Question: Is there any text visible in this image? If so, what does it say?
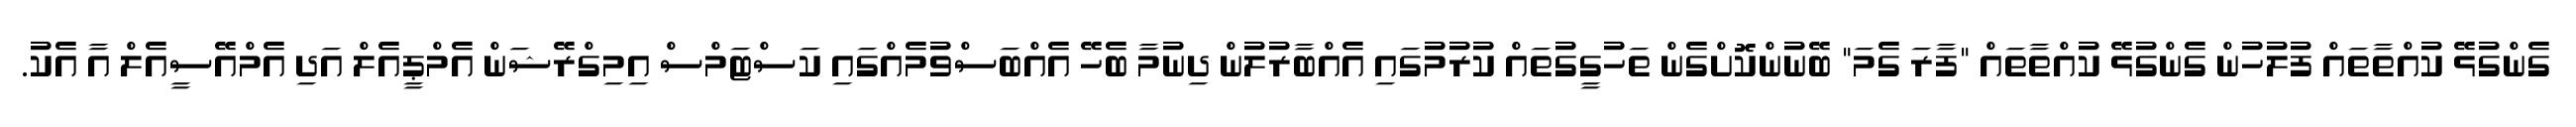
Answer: ގެންގުޅޭ ކުއްތާތައް ފުލުހުން ގެންގުޅޭ ކުއްތާތައް "ފާރަ ގެމަ" ބޭނުންކޮށްގެން ތަހުގީގުތައް ކުރުމުގައި އެއްބާރުލުން ދިނުމާ ބެހޭ އެއްބަސްވުމެއްގައި ކަސްޓަމްސް އިމިގްރޭޝަން އެމްޕީއެލް އަދި އެމްއޭސީއެލް އާ އެކު.